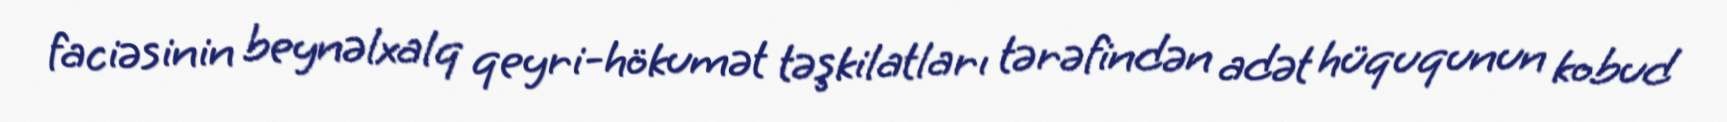
faciəsinin beynəlxalq qeyri-hökumət təşkilatları tərəfindən adət hüququnun kobud